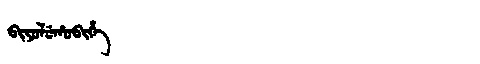
Manchu: ᠪᡳᠶᠣᠯᡠᡥᠣᠪᡳᡥᡝ
Romanization: BIYOLUHOBIHE